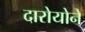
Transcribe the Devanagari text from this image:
दारोयोने